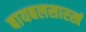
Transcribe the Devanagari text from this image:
बायबलसारखं